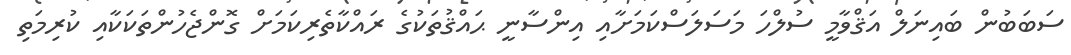
ސަބަބުން ބައިނަލް އަޤްވާމީ ސުލްހަ މަސަލަސްކަމަށާއި އިންސާނީ ޙައްޤުތަކުގެ ރައްކާތެރިކަމަށް ގޮންޖެހުންތަކަކާއި ކުރިމަތި